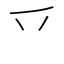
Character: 乊